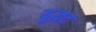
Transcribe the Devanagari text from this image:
युद्धद